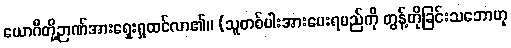
ယောဂီတို့ဉာဏ်အားရှေးရှုထင်လာ၏။ (သူတစ်ပါးအားပေးရမည်ကို တွန့်တိုခြင်းသဘောဟု